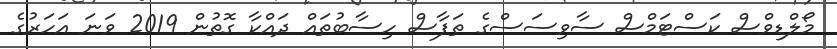
މޯލްޑިވްސް ކަސްޓަމްސް ސާވިސަސްގެ ތަފާސް ހިސާބުތައް ދައްކާ ގޮތުން 2019 ވަނަ އަހަރުގެ